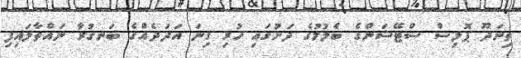
ތިނަދޫ ޕޮލިސް ސްޓޭޝަންގެ ބެލުމުގެ ދަށުގައި ހުރި ގިނަ އަދަދެއްގެ ބަނގުރާ ނައްތާލައިފި